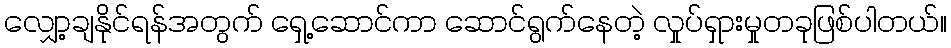
လျှော့ချနိုင်ရန်အတွက် ရှေ့ဆောင်ကာ ဆောင်ရွက်နေတဲ့ လှုပ်ရှားမှုတခုဖြစ်ပါတယ်။